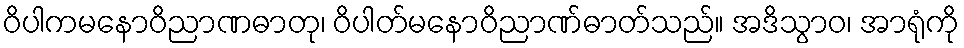
ဝိပါကမနောဝိညာဏဓာတု၊ ဝိပါတ်မနောဝိညာဏ်ဓာတ်သည်။ အဒိသွာဝ၊ အာရုံကို